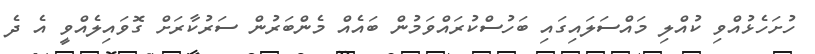
ހުށަހެޅުއްވި ކުއްލި މައްސަލައިގައި ބަހުސްކުރައްވަމުން ބައެއް މެންބަރުން ސަރުކާރަށް ގޮވައިލެއްވީ އެ ދެ